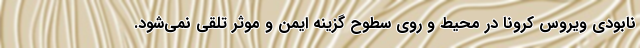
نابودی ویروس کرونا در محیط و روی سطوح گزینه ایمن و موثر تلقی نمی‌شود.